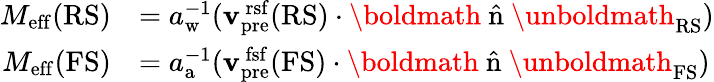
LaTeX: \begin{array}{rl}{M_{\mathrm{eff}}(\mathrm{RS})}&{=a_{\mathrm{w}}^{-1}({\mathbf{v}}_{\mathrm{pre}}^{\mathrm{\, rsf}}(\mathrm{RS})\cdot{\mathrm{\boldmath~\hat{n}~\unboldmath}}_{\mathrm{RS}})}\\ {M_{\mathrm{eff}}(\mathrm{FS})}&{=a_{\mathrm{a}}^{-1}({\mathbf{v}}_{\mathrm{pre}}^{\mathrm{\, fsf}}(\mathrm{FS})\cdot{\mathrm{\boldmath~\hat{n}~\unboldmath}}_{\mathrm{FS}})}\end{array}